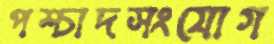
পশ্চাদসংযোগ